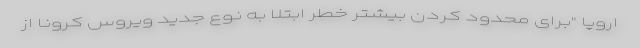
اروپا "برای محدود کردن بیشتر خطر ابتلا به نوع جدید ویروس کرونا از